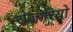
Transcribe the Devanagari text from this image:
रोजारियो